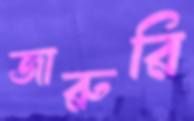
জারুরি